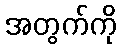
အတွက်ကို